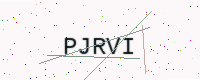
Text: PJRVI